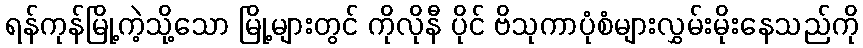
ရန်ကုန်မြို့ကဲ့သို့သော မြို့များတွင် ကိုလိုနီ ပိုင် ဗိသုကာပုံစံများလွှမ်းမိုးနေသည်ကို